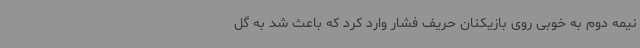
نیمه دوم به خوبی روی بازیکنان حریف فشار وارد کرد که باعث شد به گل